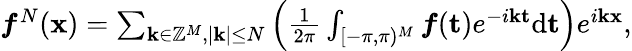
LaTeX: \begin{array}{r}{\boldsymbol{f}^{N}(\mathbf{x})=\sum_{\mathbf{k}\in\mathbb{Z}^{M},|\mathbf{k}|\leq N}\left(\frac{1}{2\pi}\int_{{[-\pi,\pi)^{M}}}\boldsymbol{f}(\mathbf{t})e^{-i\mathbf{k}\mathbf{t}}\mathrm{d}{\mathbf{t}}\right)e^{i\mathbf{k}\mathbf{x}},}\end{array}